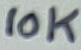
Text: 10K